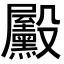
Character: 𪵓